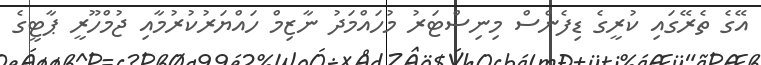
އޭގެ ތެރޭގައި ކުރީގެ ޑިފެންސް މިނިސްޓަރު މުހައްމަދު ނާޒިމް ހައްޔަރުކުރުމާއި ޖުމްހޫރީ ޕާޓީގެ